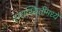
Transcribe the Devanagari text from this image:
सद्यस्थितीमध्ये